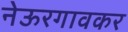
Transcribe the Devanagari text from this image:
नेऊरगावकर